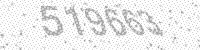
Solution: 519663